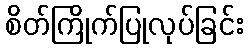
စိတ်ကြိုက်ပြုလုပ်ခြင်း